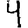
Digit: 4